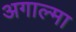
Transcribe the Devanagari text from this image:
अगाल्मा